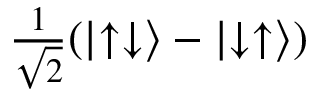
\textstyle { \frac { 1 } { \sqrt { 2 } } } ( \left| \uparrow \downarrow \right\rangle - \left| \downarrow \uparrow \right\rangle )